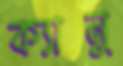
ক্যানু